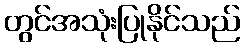
တွင်အသုံးပြုနိုင်သည်